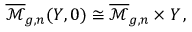
\overline { { { \mathcal { M } } } } _ { g , n } ( Y , 0 ) \cong \overline { { { \mathcal { M } } } } _ { g , n } \times Y \, ,